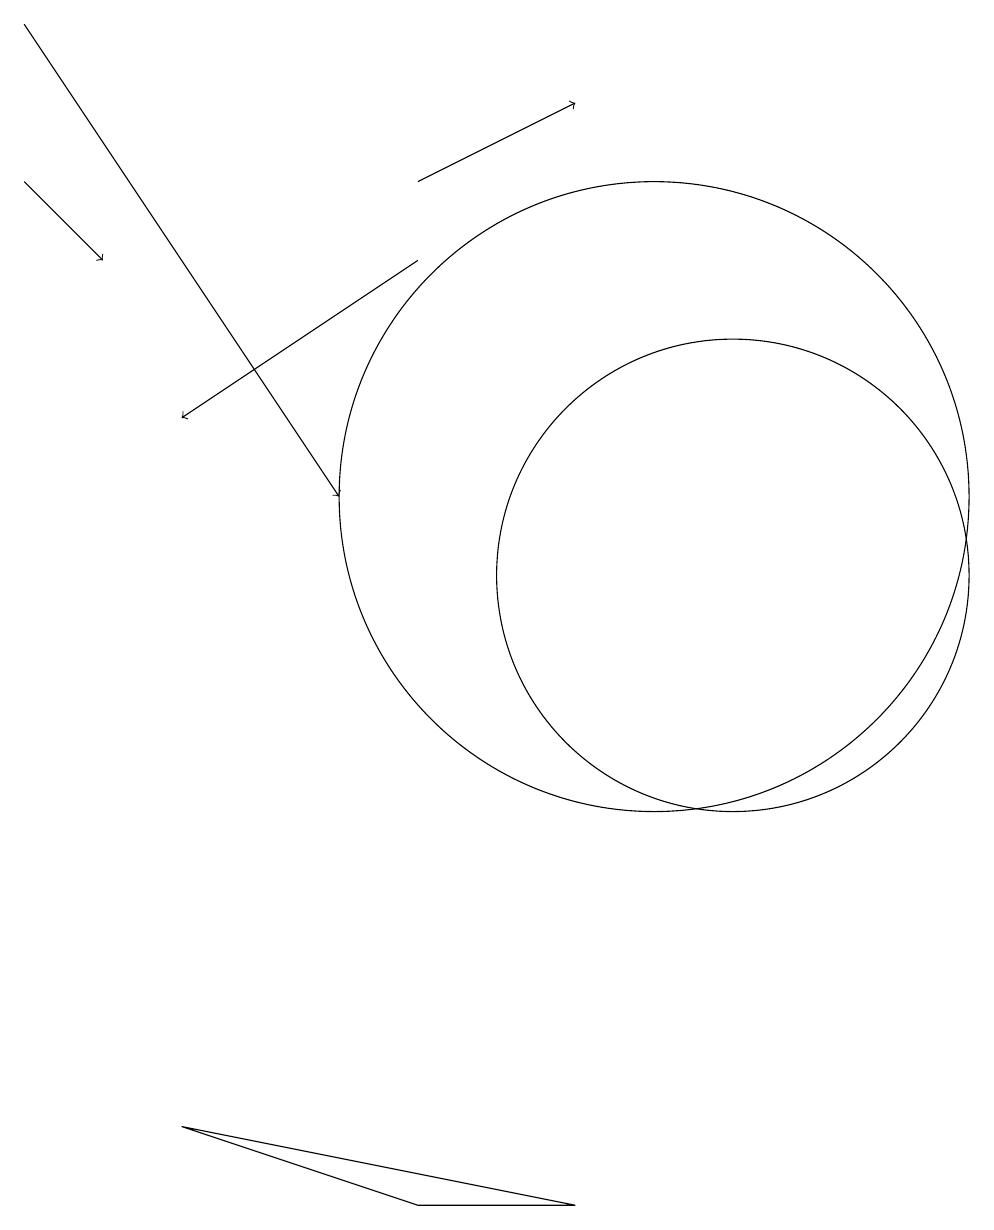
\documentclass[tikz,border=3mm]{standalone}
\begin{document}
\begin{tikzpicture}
\draw (10,11) circle (4);
\draw[->] (7,15) -- (9,16);
\draw (11,10) circle (3);
\draw[->] (7,14) -- (4,12);
\draw[->] (2,17) -- (6,11);
\draw (7,2) -- (9,2) -- (4,3) -- cycle;
\draw[->] (2,15) -- (3,14);
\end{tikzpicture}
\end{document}